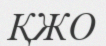
ҚЖО